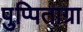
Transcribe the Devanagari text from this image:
पुप्पिताग्रा